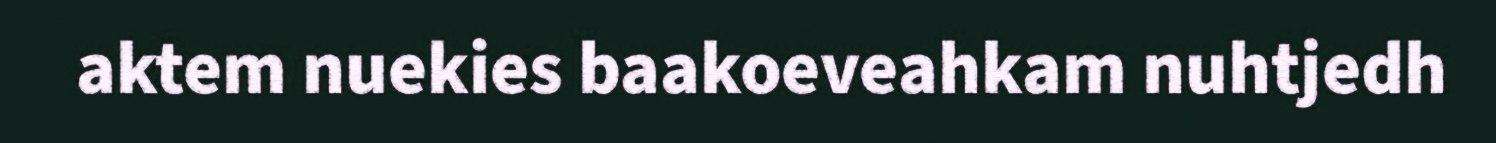
aktem nuekies baakoeveahkam nuhtjedh